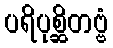
ပရိပုစ္ဆိတဗ္ဗံ